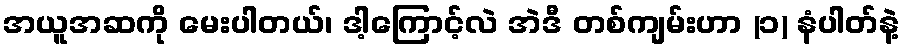
အယူအဆကို မေးပါတယ်၊ ဒါ့ကြောင့်လဲ အဲဒီ တစ်ကျမ်းဟာ (၁) နံပါတ်နဲ့